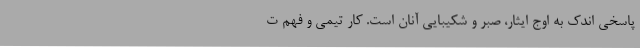
پاسخی اندک به اوج ایثار، صبر و شکیبایی آنان است. کار تیمی و فهم ت